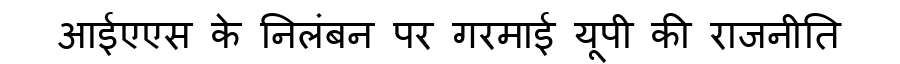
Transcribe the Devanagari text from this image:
आईएएस के निलंबन पर गरमाई यूपी की राजनीति